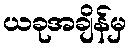
ယခုအချိန်မှ